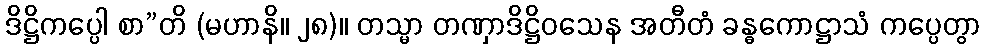
ဒိဋ္ဌိကပ္ပေါ စာ”တိ (မဟာနိ။ ၂၈)။ တသ္မာ တဏှာဒိဋ္ဌိဝသေန အတီတံ ခန္ဓကောဋ္ဌာသံ ကပ္ပေတွာ